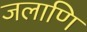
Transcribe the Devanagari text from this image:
जलाणि